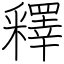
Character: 釋